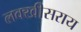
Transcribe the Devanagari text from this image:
लक्‍खीसराय